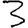
Digit: 3